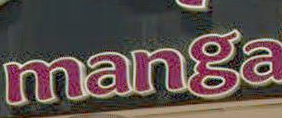
manga